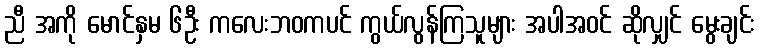
ညီ အကို မောင်နှမ ၆ဦး ကလေးဘဝကပင် ကွယ်လွန်ကြသူများ အပါအဝင် ဆိုလျှင် မွေးချင်း